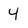
Character: 4